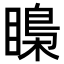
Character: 𥉼